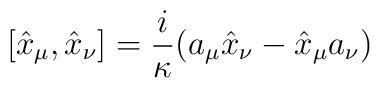
[\hat{x}_{\mu}, \hat{x}_{\nu}]=\frac{i}{\kappa}(a_{\mu}\hat{x}_{\nu}-\hat{x}_{\mu}a_{\nu})